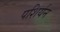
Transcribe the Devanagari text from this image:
पशिर्यन